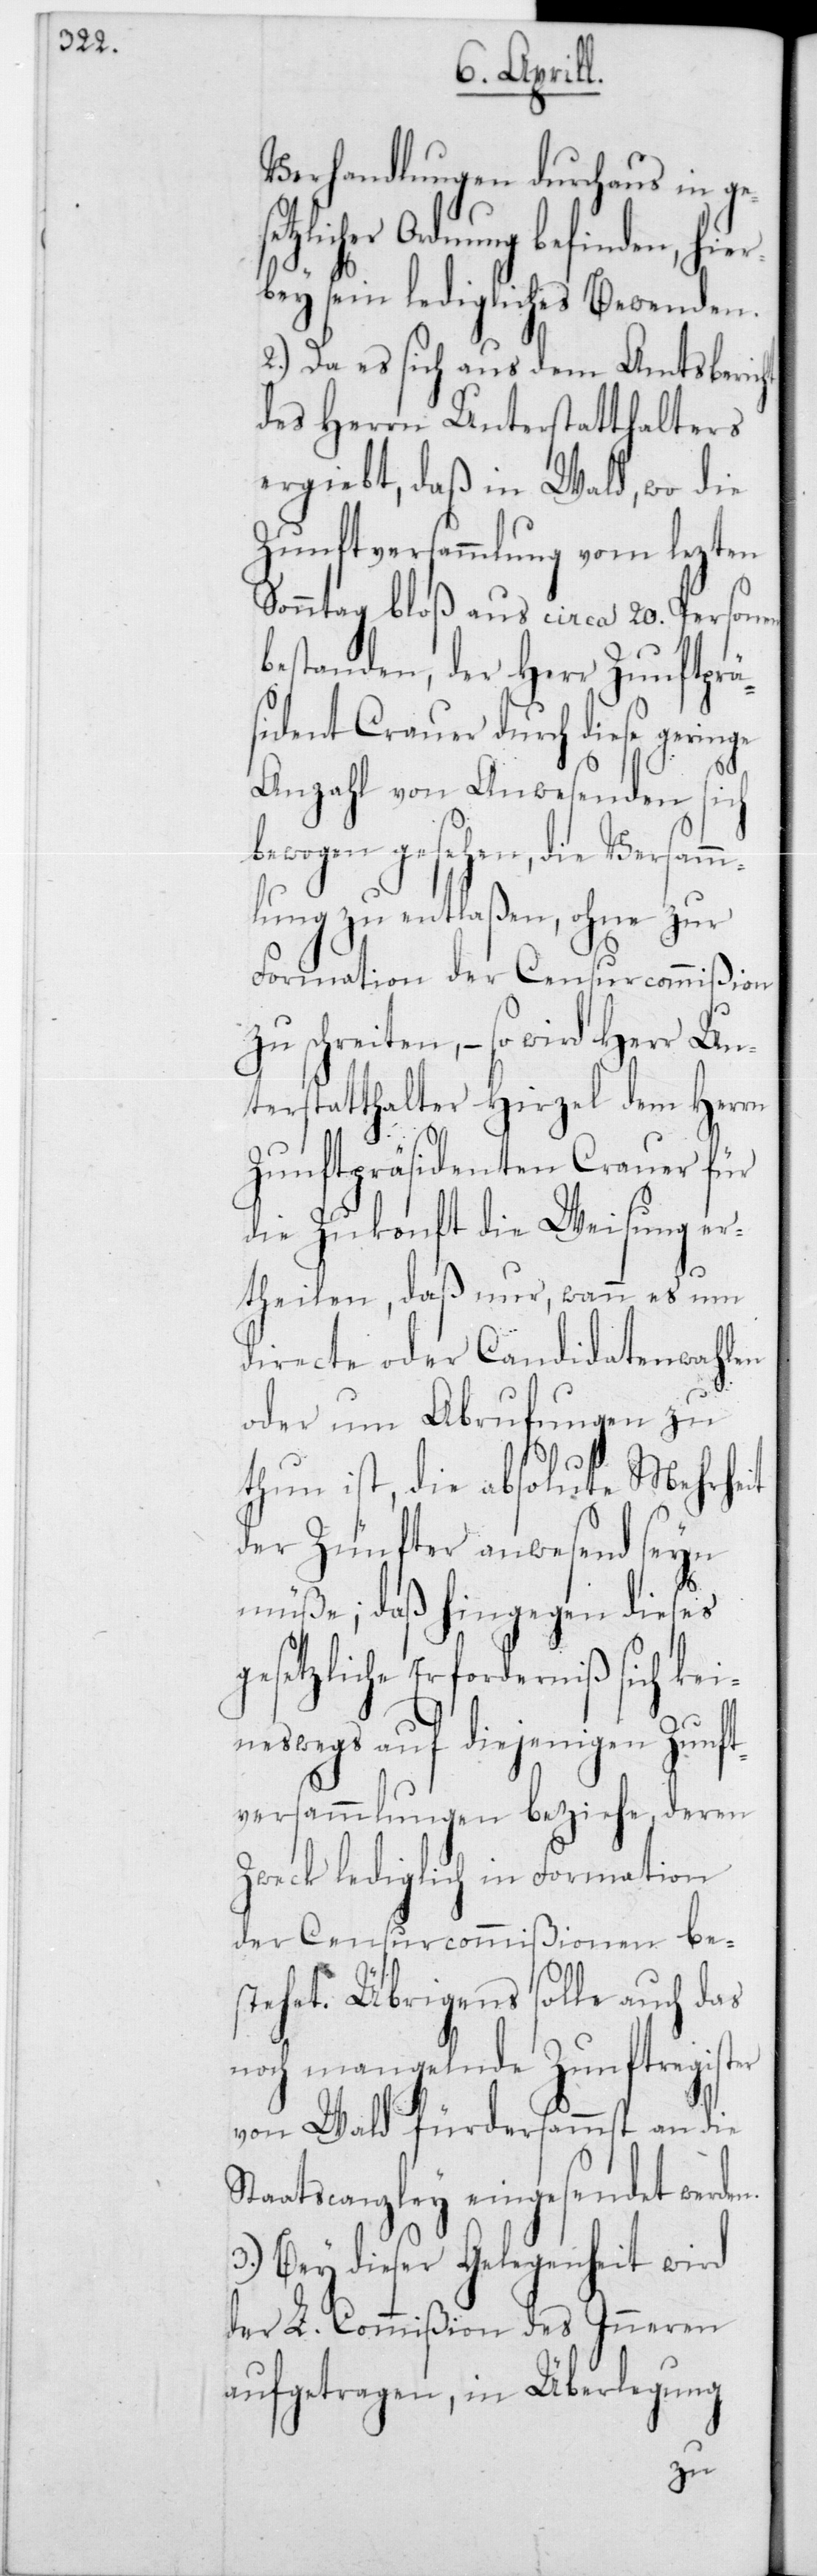
Verhandlungen durchaus in ge¬
icher Ordnung befinden, hie¬
rbey sein ledigliches Bewenden.
2.) Da es sich aus dem Amtsbericht
des Herrn Unterstatthalters
ergiebt, daß in Wald, wo die
Zunftversammlung vom lezten
Sonntag bloß aus circa 20 Personen
bestanden, der Herr Zunftprä¬
sident Crauer durch diese geringe
Anzahl von Anwesenden sich
bewogen gesehen, die Versam¬
mlung zu entlaßen, ohne zur
Formation der Censurcommißion
schreiten, – so wird Herr Un¬
terstatthalter Hirzel dem Herrn
Zunftpräsidenten Crauer für
die Zukonft die Weisung er¬
theilen, daß nur, wann es um
directe oder Candidatenwahlen
oder um Abrufungen zu
thun ist, die absolute Mehrheit
der Zünfter anwesend seyn
müße; daß hingegen dieses
gesetzliche Erforderniß sich kei¬
neswegs auf diejenigen Zunft¬
versammlungen beziehe, deren
Zweck lediglich in Formation
der Censurcommißionen be¬
stehet. Übrigens solle auch das
noch mangelnde Zunftregister
von Wald fürdersammst an die
Staatscanzley eingesendet werden.
3.) Bey dieser Gelegenheit wird
der L. Commißion des Innern
aufgetragen, in Überlegung
zu